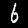
Digit: 6